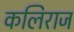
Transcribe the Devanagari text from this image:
कलिराज